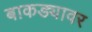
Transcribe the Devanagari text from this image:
बाकड्यावर